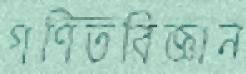
গণিতবিজ্ঞান